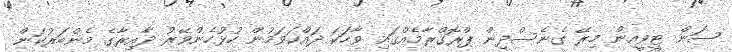
ސަން ޓީވީއިން މިރޭ ގެނެސްދިން ޕްރޮގްރާމެއްގައި ވާހަކަ ދައްކަވަމުން ހުޅުހެންވޭރު ދާއިރާގެ މެންބަރުކަން